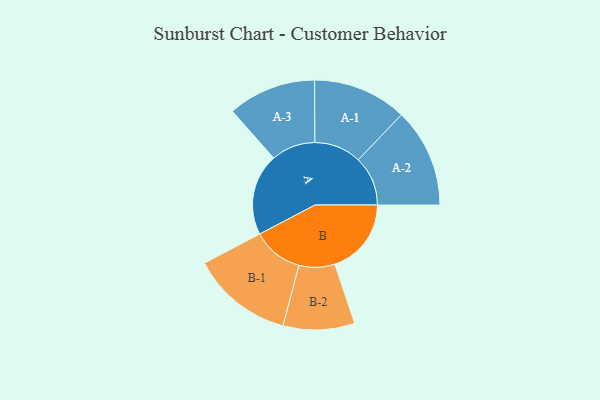
{"axis": {"x": "Segment", "y": "Value"}, "legend": ["", "A", "B"], "data": [{"x": "A", "y": 391, "type": ""}, {"x": "B", "y": 366, "type": ""}, {"x": "A-1", "y": 225, "type": "A"}, {"x": "A-2", "y": 237, "type": "A"}, {"x": "A-3", "y": 211, "type": "A"}, {"x": "B-1", "y": 243, "type": "B"}, {"x": "B-2", "y": 171, "type": "B"}]}